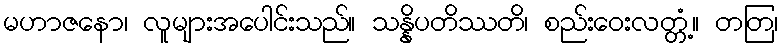
မဟာဇနော၊ လူများအပေါင်းသည်။ သန္နိပတိဿတိ၊ စည်းဝေးလတ္တံ့။ တတြ၊